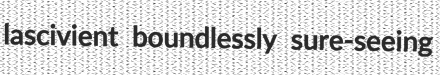
lascivient boundlessly sure-seeing